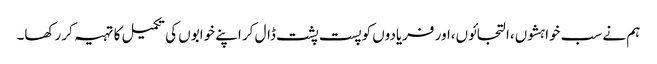
ہم نے سب خواہشوں،التجائوں،اور فریادوں کو پست پشت ڈال کر اپنے خوابوں کی تکمیل کا تہیہ کر رکھا۔